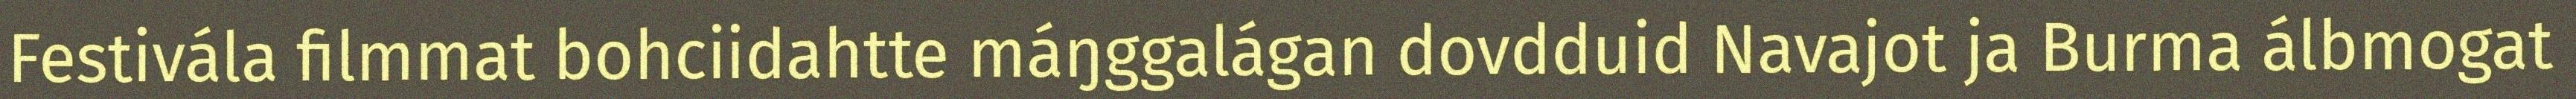
Festivála filmmat bohciidahtte máŋggalágan dovdduid Navajot ja Burma álbmogat